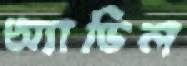
অ্যাভিল